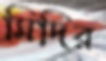
মিদির